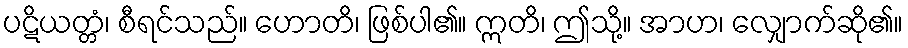
ပဋိယတ္တံ၊ စီရင်သည်။ ဟောတိ၊ ဖြစ်ပါ၏။ ဣတိ၊ ဤသို့။ အာဟ၊ လျှောက်ဆို၏။